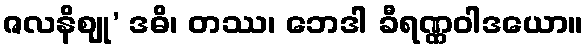
ဇလနိဈု’ ဒဓိ၊ တဿ၊ ဘေဒါ ခီရဏ္ဏဝါဒယော။